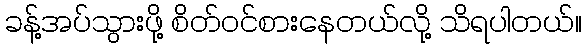
ခန့်အပ်သွားဖို့ စိတ်ဝင်စားနေတယ်လို့ သိရပါတယ်။